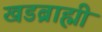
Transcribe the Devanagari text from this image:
खडब्राह्मी